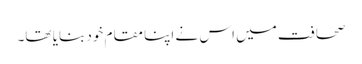
صحافت میں اس نے اپنا مقام خود بنایا تھا۔